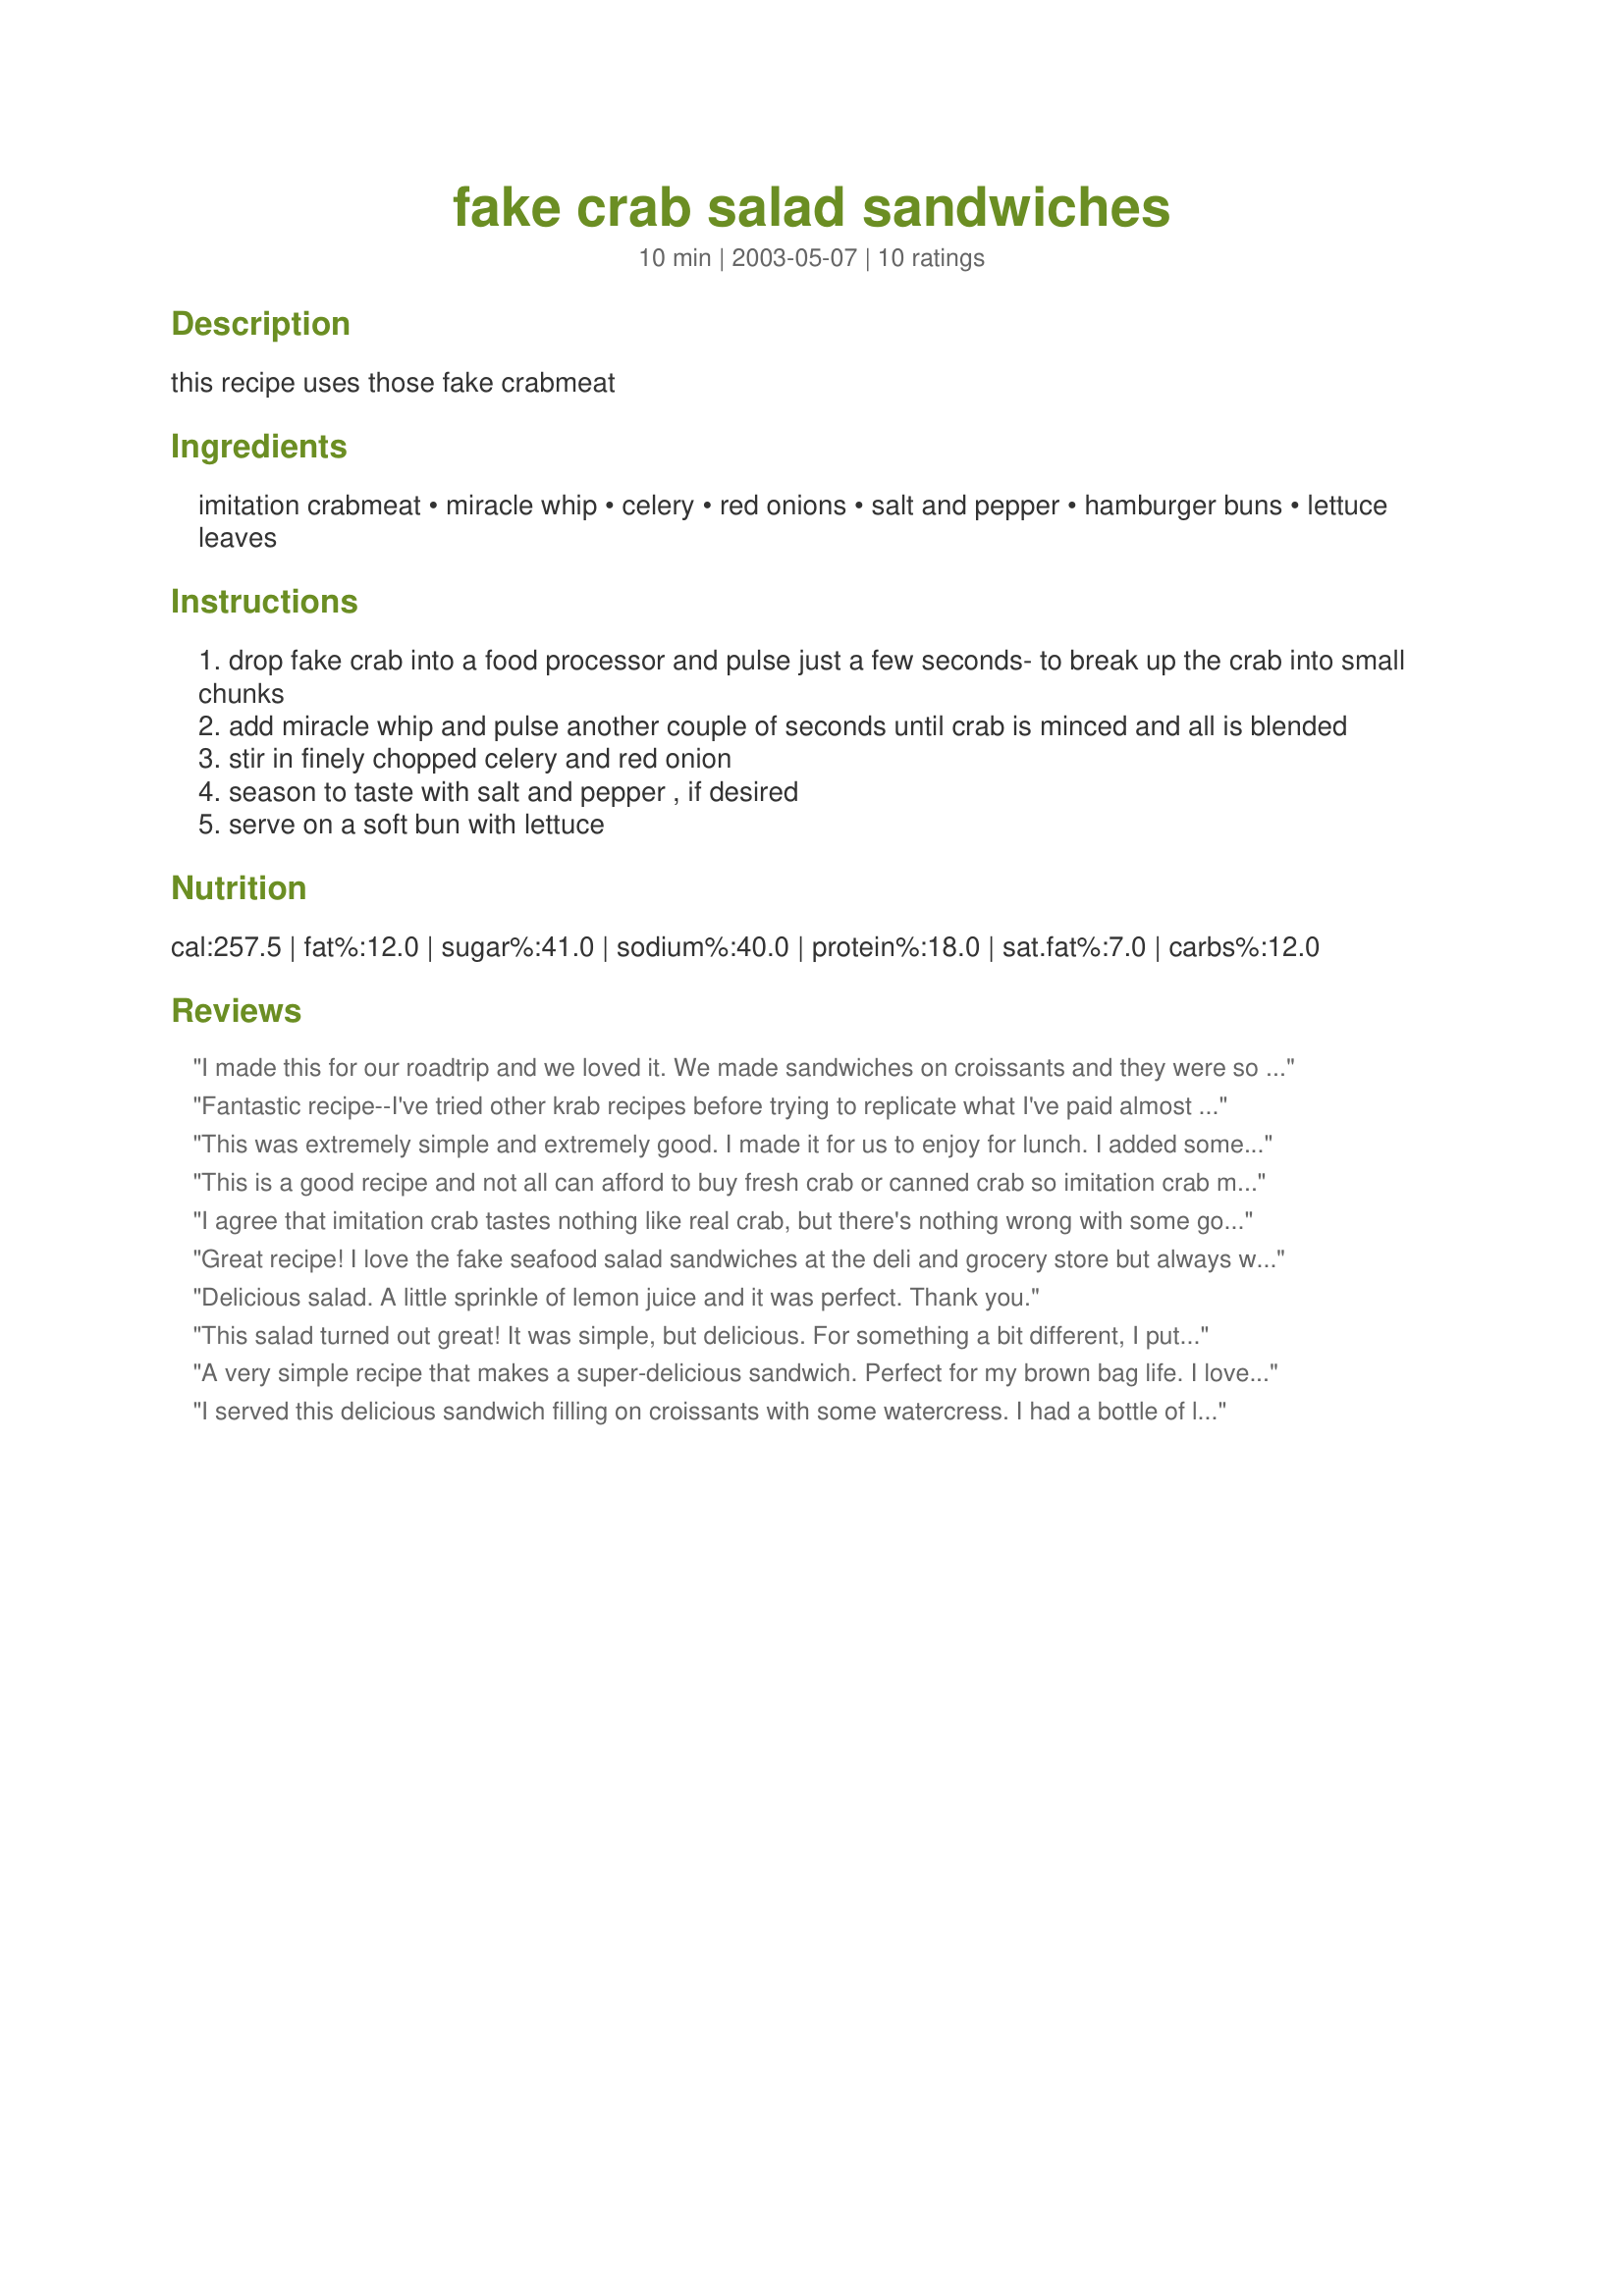
fake crab salad sandwiches
Preparation time: 10 minutes

this recipe uses those fake crabmeat

Ingredients:
imitation crabmeat, miracle whip, celery, red onions, salt and pepper, hamburger buns, lettuce leaves

Steps:
drop fake crab into a food processor and pulse just a few seconds- to break up the crab into small chunks
add miracle whip and pulse another couple of seconds until crab is minced and all is blended
stir in finely chopped celery and red onion
season to taste with salt and pepper , if desired
serve on a soft bun with lettuce

Reviews:
I made this for our roadtrip and we loved it. We made sandwiches on croissants and they were so good. I wouldn&#039;t change a thing on this recipe, it was perfect. Thank you for sharing with us.
Fantastic recipe--I've tried other krab recipes before trying to replicate what I've paid almost $5 for from the deli department and have failed to be impressed. I was going to diced this all up by hand, but decided last minute to use the food processor method as described. Super quick and definitely a tasty lunch served on honey wheat bread! I didn't use the full amount of miracle whip...just enough to get it moist. Think I'll make up a big batch of this and keep in the fridge for last minute lunches/dinners each week!
This was extremely simple and extremely good. I made it for us to enjoy for lunch. I added some capers and the saltiness of those vs. the sweet of the surimi and the crunch of the celery was just wonderful!
This is a good recipe and not all can afford to buy fresh crab or canned crab so imitation crab made from pollock fits the bill.Miracle Whip is tangy and just right for this recipe. Everyone loves it!
I agree that imitation crab tastes nothing like real crab, but there's nothing wrong with some good imitation crab salad. My kids and I really liked this. We ate this on kaiser buns. I think kids like it because it's a lot milder than tuna salad....prettier, too. Makes a quick and easy lunch. I'll whip this up often; thanx!
Great recipe! I love the fake seafood salad sandwiches at the deli and grocery store but always wanted to make my own to save some money. Was stuck for a dinner idea tonight so i whipped this up. Glad I did. The salad is so tasty, simple and a cinch to make. I did it all by hand as I didn't feel like getting my food processor out. Thanks for sharing!
Delicious salad. A little sprinkle of lemon juice and it was perfect. Thank you.
This salad turned out great! It was simple, but delicious. For something a bit different, I put it on tostadas. Thanks for the lovely recipe.
A very simple recipe that makes a super-delicious sandwich. Perfect for my brown bag life. I love fake crab and am sure to make this many times. Thanks Heather.
I served this delicious sandwich filling on croissants with some watercress. I had a bottle of leftover cocktail sauce in the fridge, and added a little more than a tablespoon to the surimi mixture. There was a little bit leftover from our sandwiches and I ate it on potato chips for a snack later in the evening. YUM.
